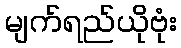
မျက်ရည်ယိုဗုံး